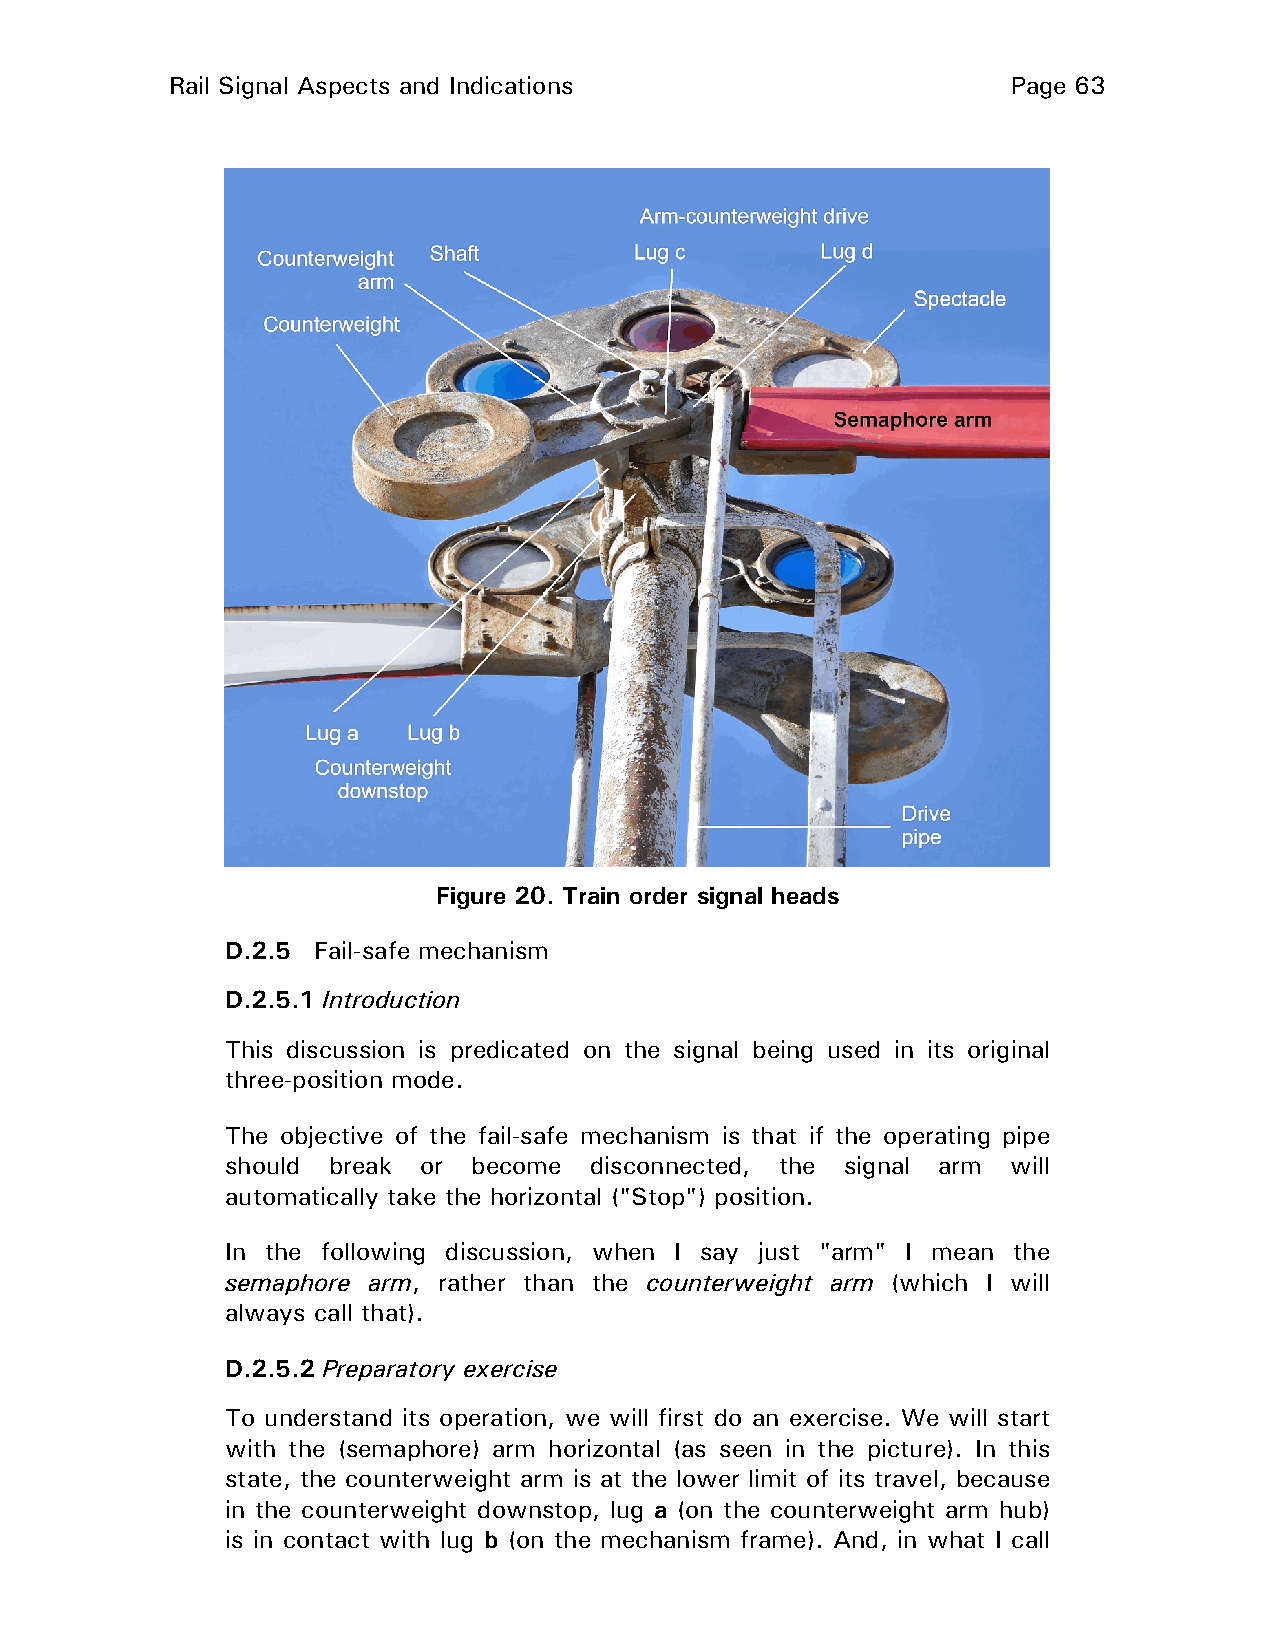
Rail Signal Aspects and Indications                     Page 63
 Figure 20. Train order signal heads
 D.2.5 Fail-safe mechanism
 D.2.5.1 Introduction
 This discussion is predicated on the signal being used in its original
 three-position mode.
 The objective of the fail-safe mechanism is that if the operating pipe
 should break or become  disconnected, the signal arm will
 automatically take the horizontal ("Stop") position.
 In the following discussion, when I say just "arm" I mean the
 semaphore arm, rather than the counterweight arm (which I will
 always call that).
 D.2.5.2 Preparatory exercise
 To understand its operation, we will first do an exercise. We will start
 with the (semaphore) arm horizontal (as seen in the picture). In this
 state, the counterweight arm is at the lower limit of its travel, because
 in the counterweight downstop, lug a (on the counterweight arm hub)
 is in contact with lug b (on the mechanism frame). And, in what I call